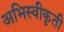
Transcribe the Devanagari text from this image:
अभिस्वीकृती